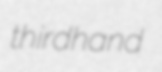
thirdhand